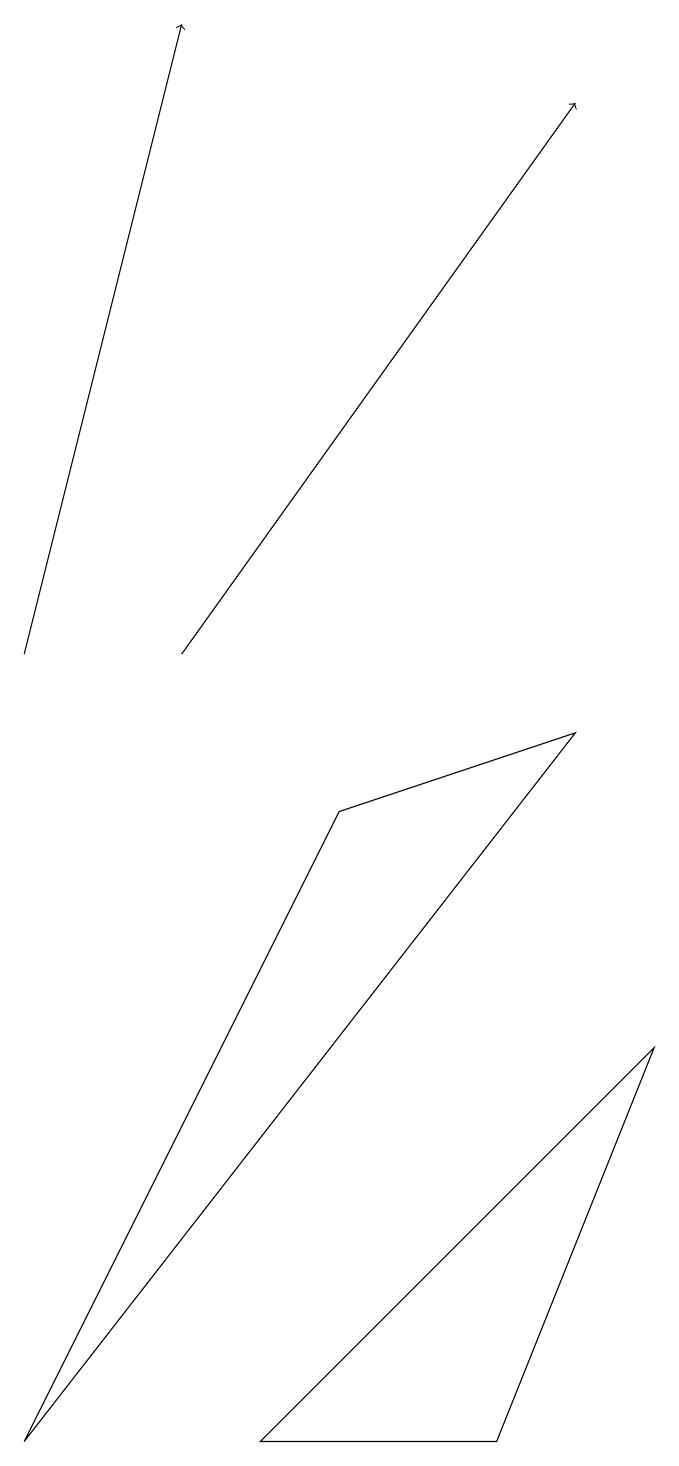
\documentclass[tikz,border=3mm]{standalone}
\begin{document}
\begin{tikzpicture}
\draw[->] (1,10) -- (3,18);
\draw (9,5) -- (7,0) -- (4,0) -- cycle;
\draw[->] (3,10) -- (8,17);
\draw (1,0) -- (8,9) -- (5,8) -- cycle;
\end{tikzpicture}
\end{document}